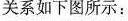
关系如下图所示：